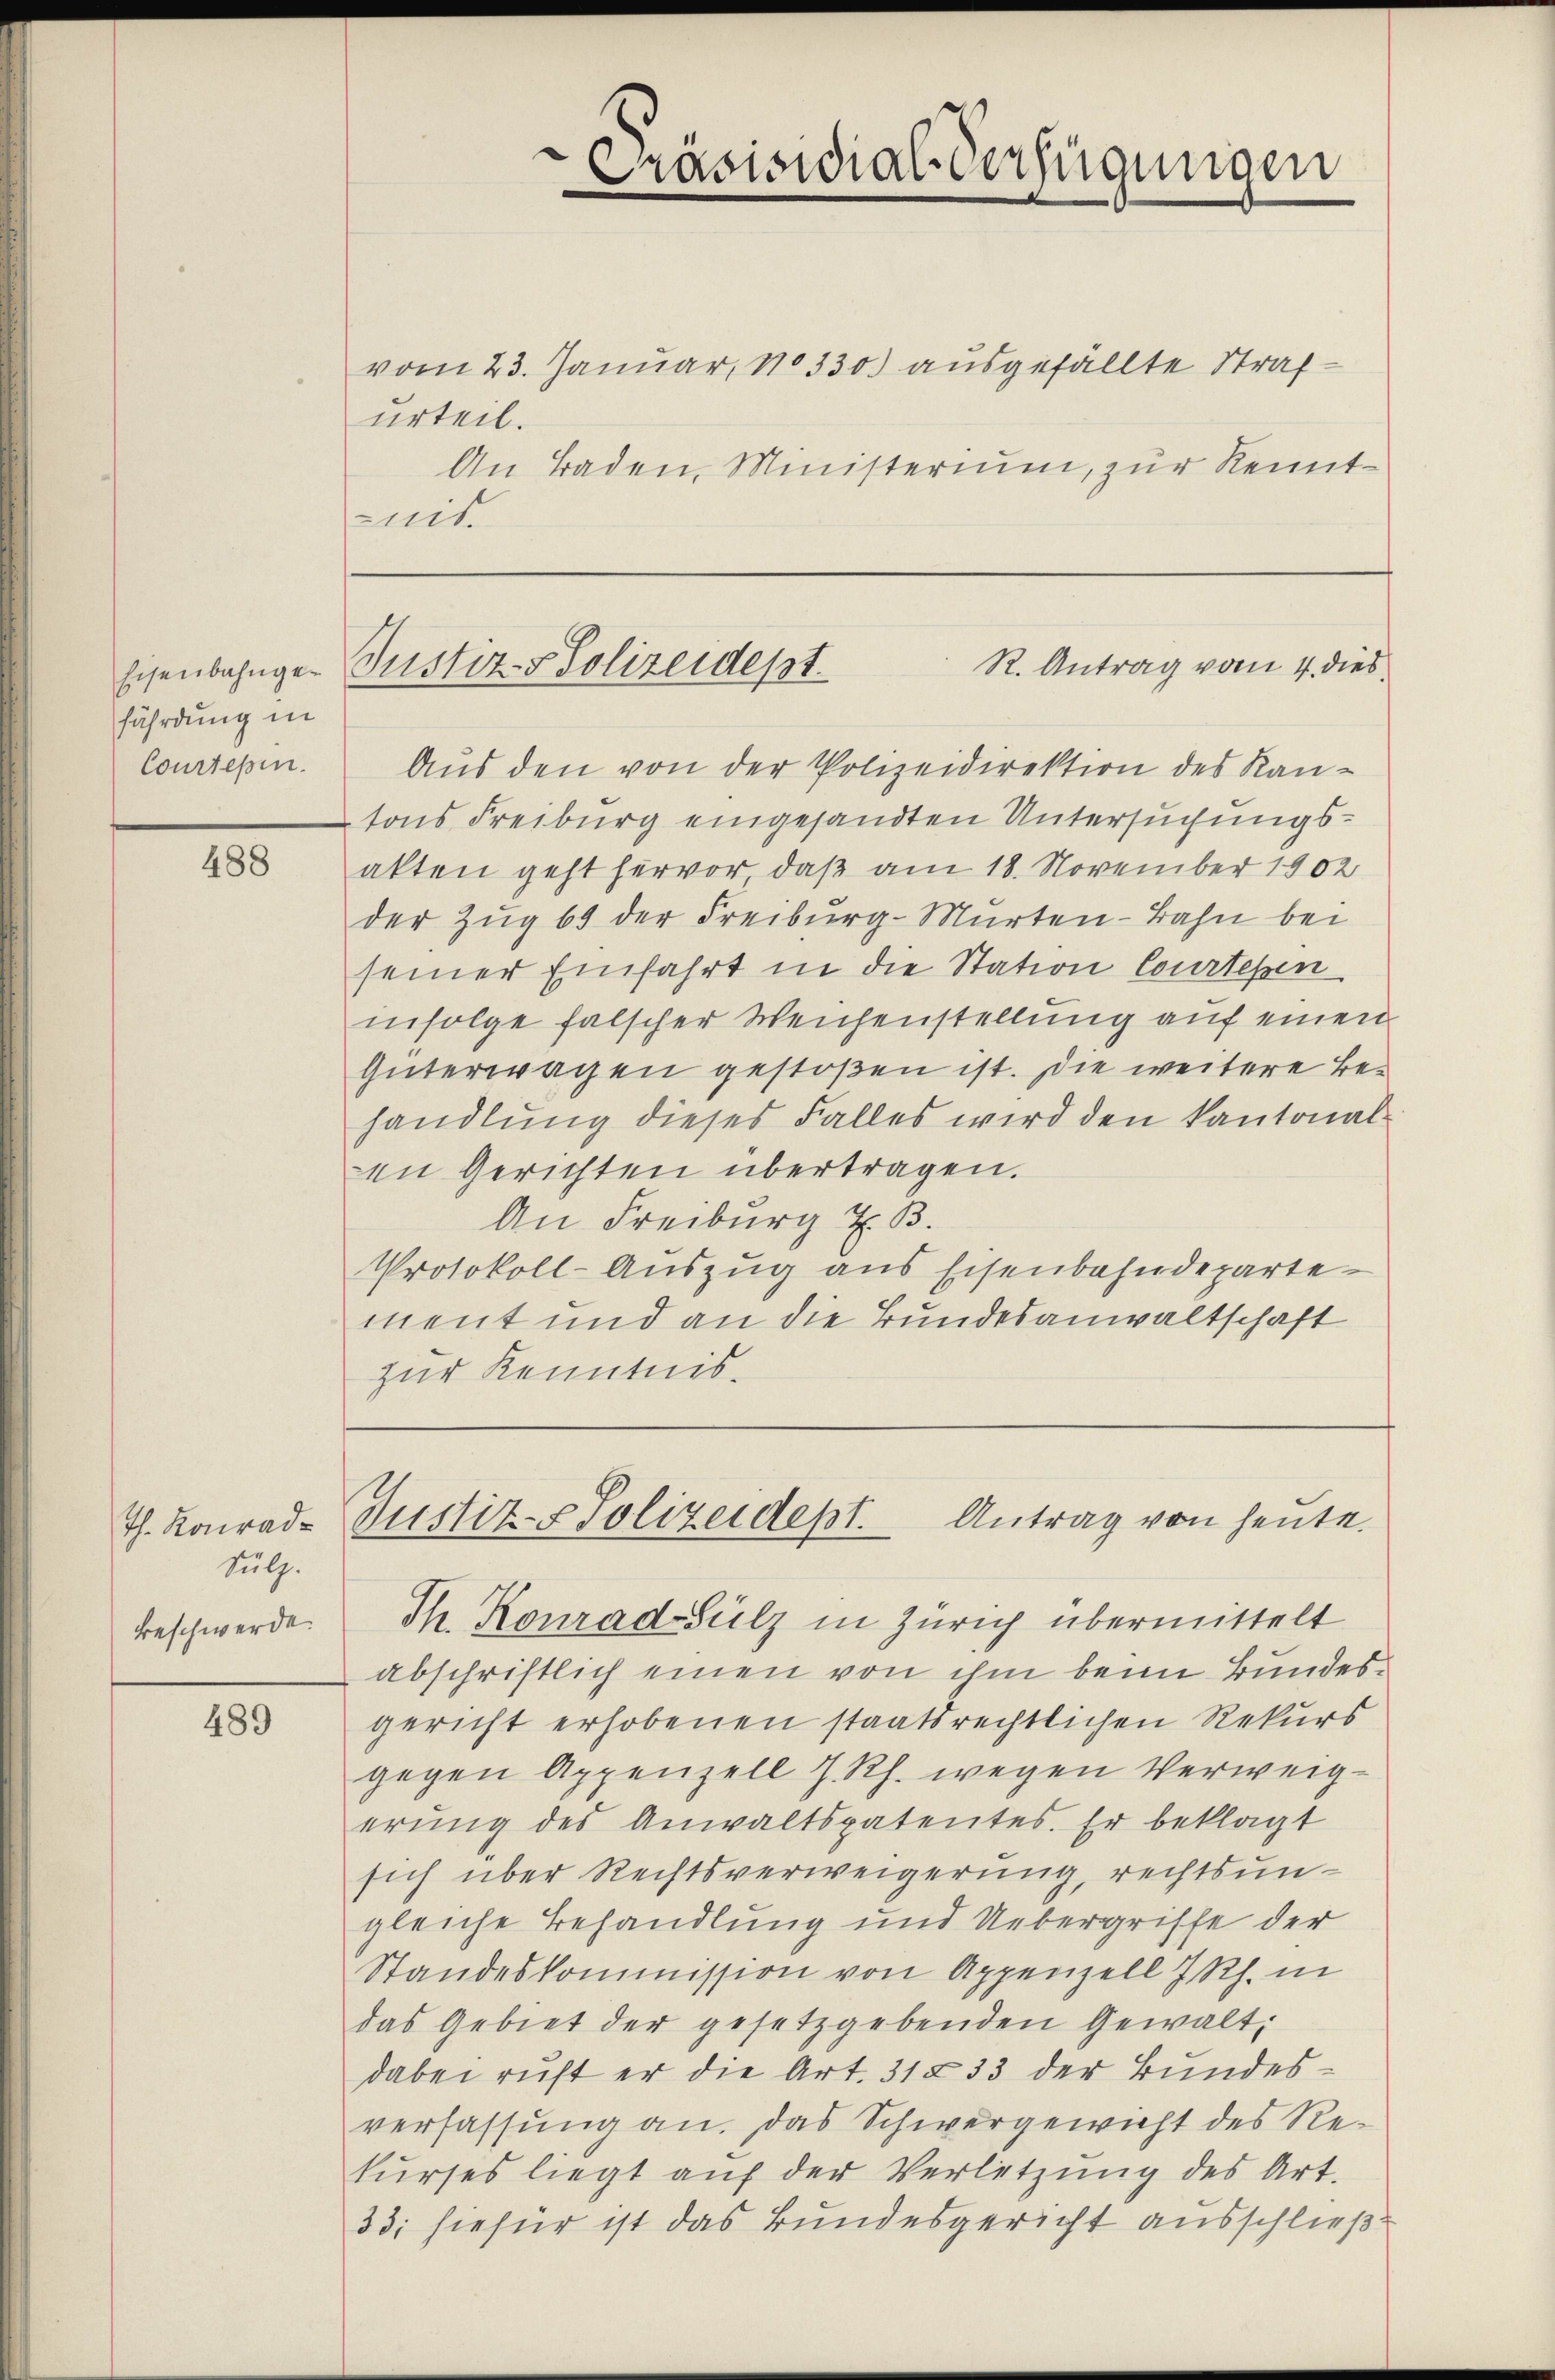
Eisenbahngefährdung in
Courtesen.

488

Th. Konrad¬
Sülz.
Beschwerde.

489

vom 23. Januar, 10330 ausgefällte Strafurteil.
An Baden, Ministerium, zur Kenntmit

¬
Prasisidial-Verfügungen
e

Aus den von der Polizeidirektion des Kantons Freiburg eingesandten Untersuchungsakten geht hervor, daß am 18. November 1902
der Zug 69 der Freiburg-Mürten-Bahn bei
seiner Einfahrt in die Station Courteien
infolge falscher Weichenstellung auf einen
Güterwagen gestoßen ist. Die weitere Behandlung dieses Falles wird den kantonalen Gerichten übertragen.
An Freiburg z. B.
Protokoll-Auszug aus Eisenbahndepartement und an die Bundesanwaltschaft
zur Kenntnis¬

R. Antrag vom 4. dies
Justiz-Polizeidept.

Justiz- & Polizeidept. Antrag von heute.

Th. Konrad Sulz in Zürich übermittelt
abschriftlich einen von ihm beim Bundesgericht erhobenen staatsrechtlichen Rekurs
gegen Appenzell J. Rh. wegen Verweigerŭng des Anwaltspatentes. Er beklagt
sich über Rechtsverweigerung, rechtsungleiche Behandlung und Uebergriffe der
Standeskommission von Appenzell I.Rh. in
das Gebiet der gesetzgebenden Gewalt,
dabei ruft er die Art. 31 § 33 der Bundesverfassung an. Das Schwergewicht des Rekŭrses liegt aŭf der Verletzŭng des Art.
33; hiefür ist das Bundesgericht ausschließt